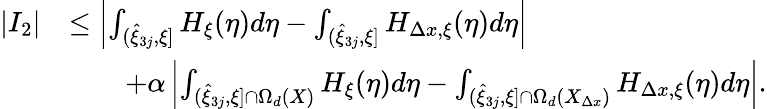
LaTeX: \begin{array}{rl}{|I_{2}|}&{\leq\left|\int_{(\hat{\xi}_{3j},\xi]}H_{\xi}(\eta)d\eta-\int_{(\hat{\xi}_{3j},\xi]}H_{\Delta x,\xi}(\eta)d\eta\right|}\\ &{\qquad+\alpha\left|\int_{(\hat{\xi}_{3j},\xi]\cap\Omega_{d}(X)}H_{\xi}(\eta)d\eta-\int_{(\hat{\xi}_{3j},\xi]\cap\Omega_{d}(X_{\Delta x})}H_{\Delta x,\xi}(\eta)d\eta\right|.}\end{array}